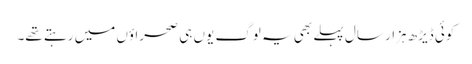
کوئی ڈیڑھ ہزار سال پہلے بھی یہ لوگ یوں ہی صحراؤں میں رہتے تھے۔